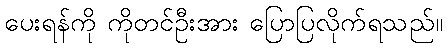
ပေးရန်ကို ကိုတင်ဦးအား ပြောပြလိုက်ရသည်။